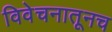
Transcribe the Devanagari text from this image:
विवेचनातूनच